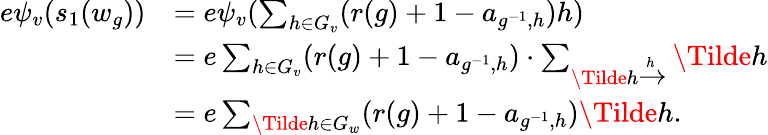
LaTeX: \begin{array}{rl}{e\psi_{v}(s_{1}(w_{g}))}&{=e\psi_{v}(\sum_{h\in G_{v}}(r(g)+1-a_{g^{-1},h})h)}\\ &{=e\sum_{h\in G_{v}}(r(g)+1-a_{g^{-1},h})\cdot\sum_{\Tilde{h}\xrightarrow[]h}\Tilde{h}}\\ &{=e\sum_{\Tilde{h}\in G_{w}}(r(g)+1-a_{g^{-1},h})\Tilde{h}.}\end{array}